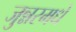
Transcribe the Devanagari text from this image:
जुन्नरमधे